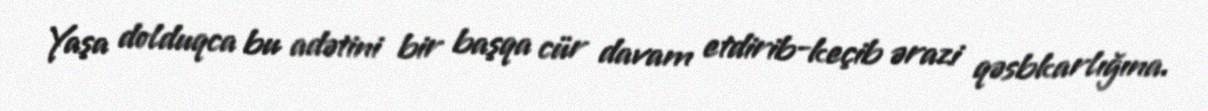
Yaşa dolduqca bu adətini bir başqa cür davam etdirib-keçib ərazi qəsbkarlığına.